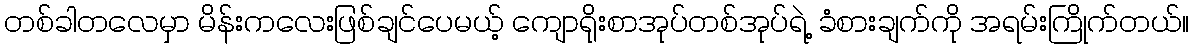
တစ်ခါတလေမှာ မိန်းကလေးဖြစ်ချင်ပေမယ့် ကျောရိုးစာအုပ်တစ်အုပ်ရဲ့ ခံစားချက်ကို အရမ်းကြိုက်တယ်။